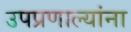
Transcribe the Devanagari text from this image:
उपप्रणाल्यांना